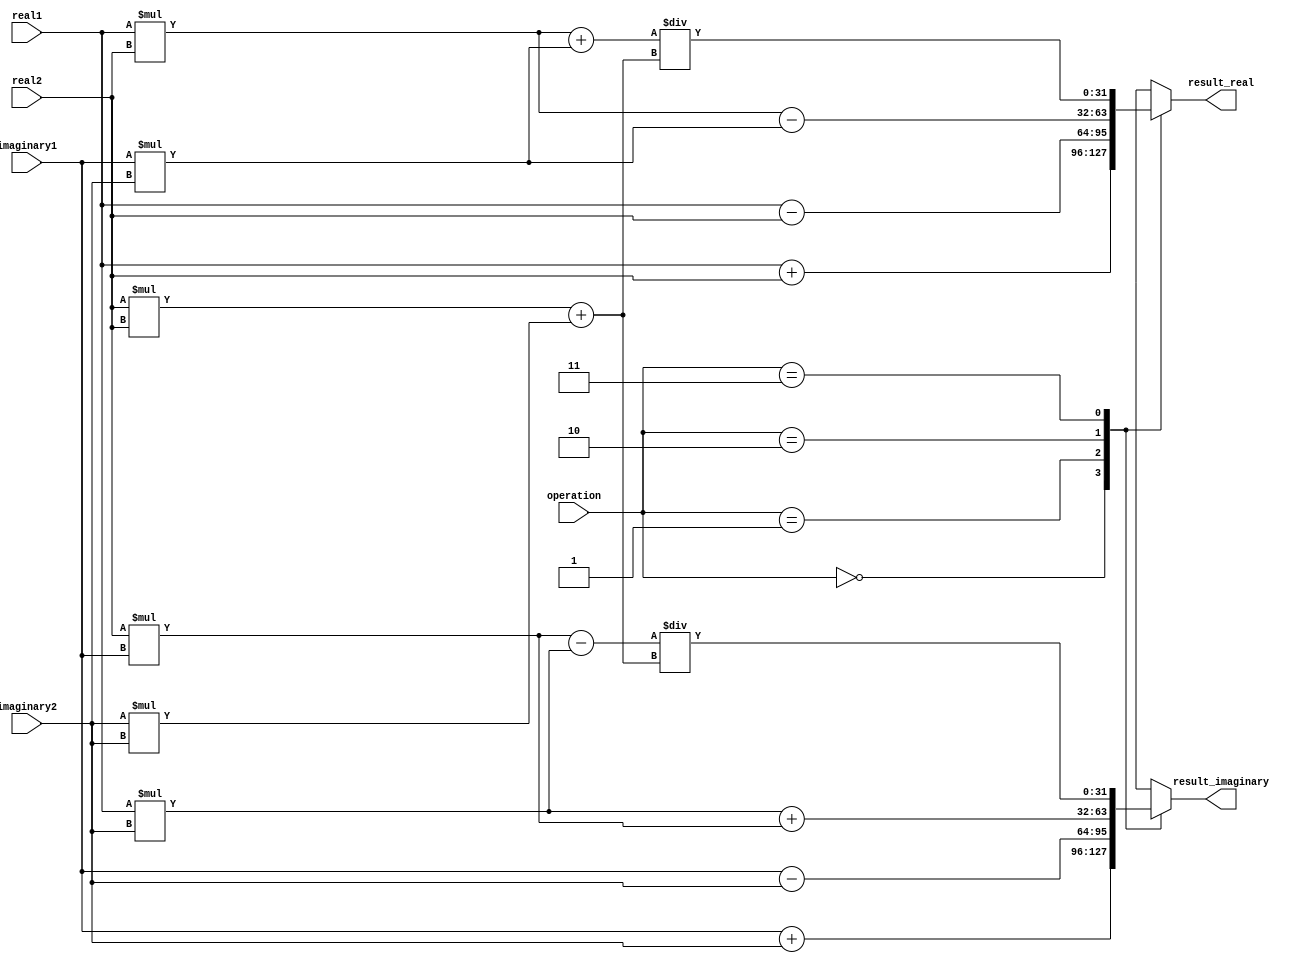
module Complex_ALU(
   input signed [31:0] real1,
   input signed [31:0] imaginary1,
   input signed [31:0] real2,
   input signed [31:0] imaginary2,
   input [1:0] operation,
   output signed [31:0] result_real,
   output signed [31:0] result_imaginary
);

reg signed [31:0] result_real;
reg signed [31:0] result_imaginary;

always @(*)
begin
   case(operation)
      2'b00: // Addition
      begin
         result_real = real1 + real2;
         result_imaginary = imaginary1 + imaginary2;
      end
      2'b01: // Subtraction
      begin
         result_real = real1 - real2;
         result_imaginary = imaginary1 - imaginary2;
      end
      2'b10: // Multiplication
      begin
         result_real = real1 * real2 - imaginary1 * imaginary2;
         result_imaginary = real1 * imaginary2 + real2 * imaginary1;
      end
      2'b11: // Division
      begin
         result_real = (real1 * real2 + imaginary1 * imaginary2) / (real2 * real2 + imaginary2 * imaginary2);
         result_imaginary = (imaginary1 * real2 - real1 * imaginary2) / (real2 * real2 + imaginary2 * imaginary2);
      end
   endcase
end


endmodule